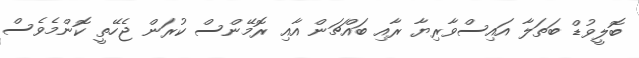
ބޮލީވުޑް ބަތަލާ އައިސްވާރިޔާ ރާއި ބައްޗަން އާއި ރޮމޭންސް ކުރަން ޖެހޭތީ ކޮންމެވެސް